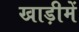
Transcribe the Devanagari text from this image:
खाड़ीमें